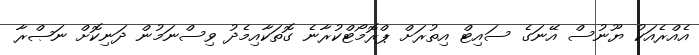
އެއްރެއަކު ޔޫނުސް އޭނަގެ ސައިޓް އިތުރަށް ޕްރޮމޯޓްކުރާނެ ގޮތަކާއިމެދު ވިސްނަމުން ދަނިކޮށް ނަޞްރާ